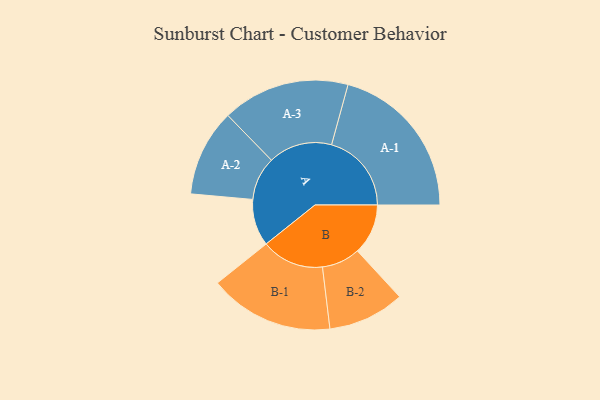
{"axis": {"x": "Segment", "y": "Value"}, "legend": ["", "A", "B"], "data": [{"x": "A", "y": 171, "type": ""}, {"x": "B", "y": 185, "type": ""}, {"x": "A-1", "y": 292, "type": "A"}, {"x": "A-2", "y": 159, "type": "A"}, {"x": "A-3", "y": 233, "type": "A"}, {"x": "B-1", "y": 228, "type": "B"}, {"x": "B-2", "y": 140, "type": "B"}]}